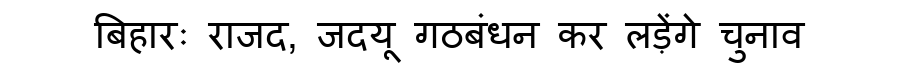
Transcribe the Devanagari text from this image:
बिहारः राजद, जदयू गठबंधन कर लड़ेंगे चुनाव